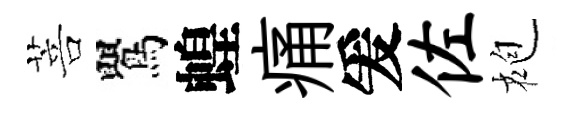
菩鸎蝗痛爰佐袍